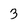
Character: 3